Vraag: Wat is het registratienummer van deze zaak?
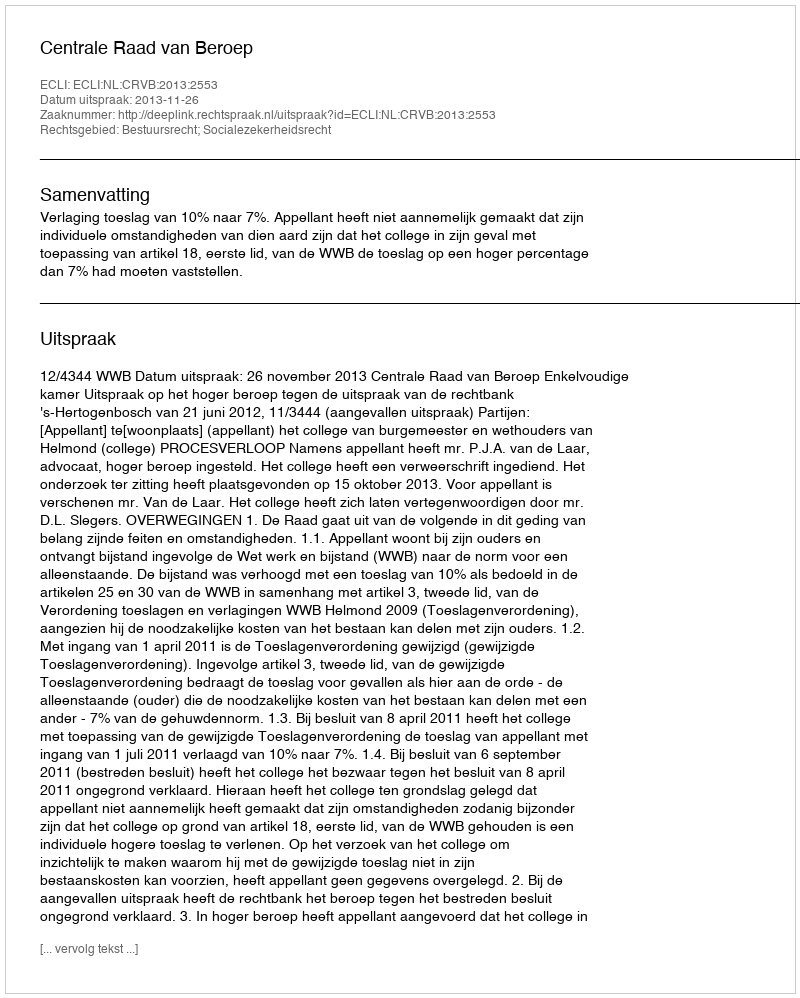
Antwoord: http://deeplink.rechtspraak.nl/uitspraak?id=ECLI:NL:CRVB:2013:2553